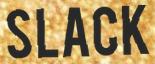
SLACK